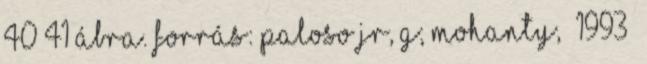
40 41 ábra. Forrás: Paloso JR, G; Mohanty, 1993